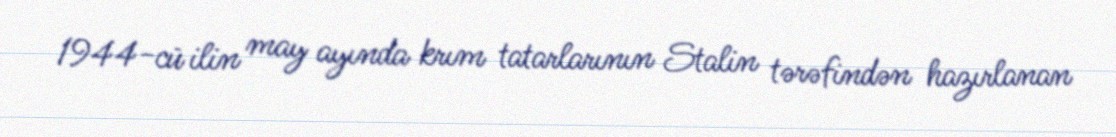
1944-cü ilin may ayında krım tatarlarının Stalin tərəfindən hazırlanan